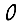
Digit: 0